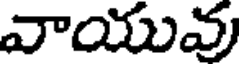
వాయువు